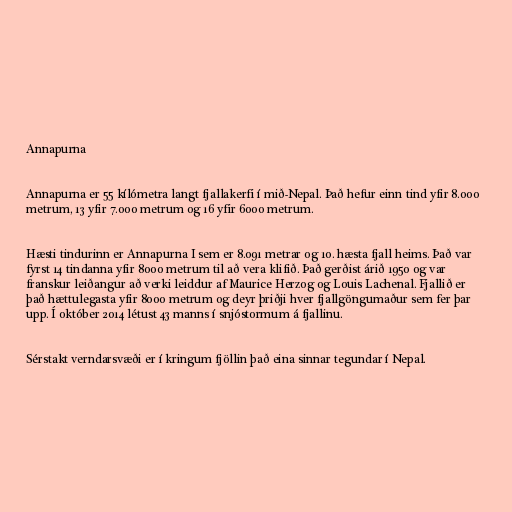
Annapurna

Annapurna er 55 kílómetra langt fjallakerfi í mið-Nepal. Það hefur einn tind yfir 8.000
metrum, 13 yfir 7.000 metrum og 16 yfir 6000 metrum.

Hæsti tindurinn er Annapurna I sem er 8.091 metrar og 10. hæsta fjall heims. Það var
fyrst 14 tindanna yfir 8000 metrum til að vera klifið. Það gerðist árið 1950 og var
franskur leiðangur að verki leiddur af Maurice Herzog og Louis Lachenal. Fjallið er
það hættulegasta yfir 8000 metrum og deyr þriðji hver fjallgöngumaður sem fer þar
upp. Í október 2014 létust 43 manns í snjóstormum á fjallinu.

Sérstakt verndarsvæði er í kringum fjöllin það eina sinnar tegundar í Nepal.